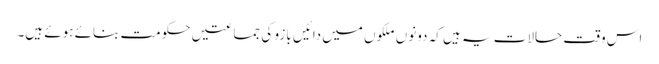
اس وقت حالات یہ ہیں کہ دونوں ملکوں میں دائیں بازو کی جماعتیں حکومت بنائے ہوئے ہیں۔